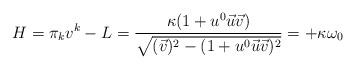
LaTeX: \begin{align*}H = \pi_k v^k - L = \frac{\kappa (1 + u^0 \vec{u} \vec{v})}{\sqrt{(\vec{v})^2 - (1 + u^0 \vec{u} \vec{v})^2}} = +\kappa \omega_0\end{align*}